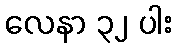
လေနာ ၃၂ ပါး